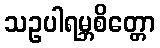
သဥပါရမ္ဘစိတ္တော